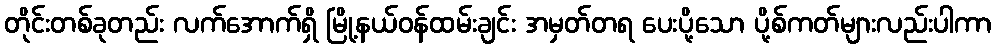
တိုင်းတစ်ခုတည်း လက်အောက်ရှိ မြို့နယ်ဝန်ထမ်းချင်း အမှတ်တရ ပေးပို့သော ပို့စ်ကတ်များလည်းပါကာ